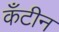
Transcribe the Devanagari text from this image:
कँटीन